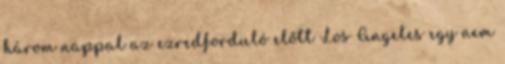
három nappal az ezredforduló előtt Los Angeles egy nem